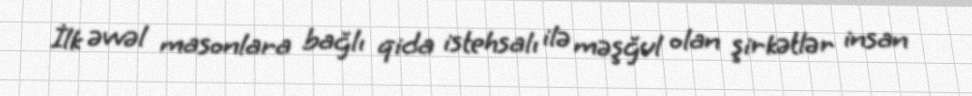
İlk əvvəl masonlara bağlı qida istehsalı ilə məşğul olan şirkətlər insan